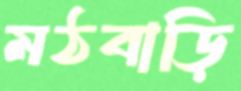
মঠবাড়ি